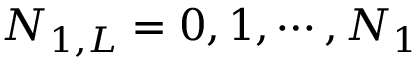
N _ { 1 , L } = 0 , 1 , \cdots , N _ { 1 }